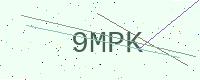
Text: 9MPK